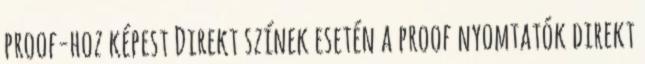
proof-hoz képest Direkt színek esetén a proof nyomtatók direkt